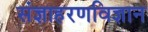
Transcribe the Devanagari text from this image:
संज्ञाहरणविज्ञान